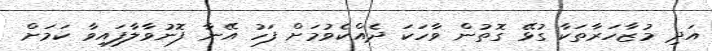
އަދި މުޒާހަރާތަކާ ގުޅޭ ގޮތުން ވާހަކަ ދެއްކެވުމަށް ފަހު އޭނާ ފޮނުވާލާފައިވާ ކަމަށް